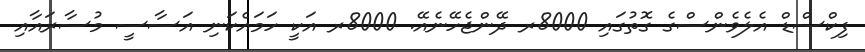
ފިކްސްޑް އެލެވެންސްގެ ގޮތުގައި 8000ރ ދޭންޖެހޭނެއޭ. 8000ރ އަކީ ހަމައެކަނި އަސާސީ މުސާރައާއި